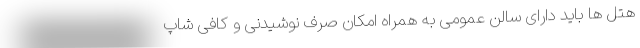
هتل ها باید دارای سالن عمومی به همراه امکان صرف نوشیدنی و کافی شاپ